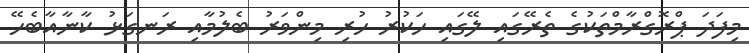
މިފަދަ ޕްރޮގްރާމްތަކުގެ ތެރޭގައި ލޭގައި ހަކުރު ހުރި މިންވަރު ބެލުމާއި ރަނގަޅު ކާނާއާބެހޭ